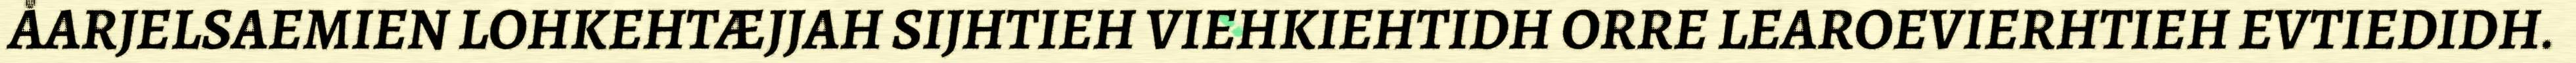
ÅARJELSAEMIEN LOHKEHTÆJJAH SIJHTIEH VIEHKIEHTIDH ORRE LEAROEVIERHTIEH EVTIEDIDH.